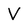
Character: V